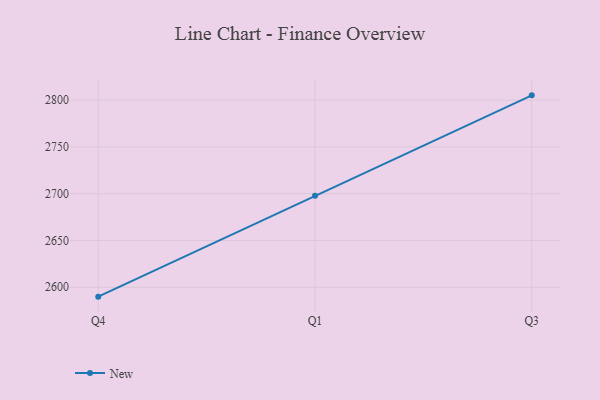
{"axis": {"x": "Quarter", "y": "Energy Usage (MWh)"}, "legend": ["New"], "data": [{"x": "Q4", "y": 2590.0, "type": "New"}, {"x": "Q1", "y": 2697.7, "type": "New"}, {"x": "Q3", "y": 2805.1, "type": "New"}]}